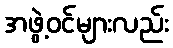
အဖွဲ့ဝင်များလည်း